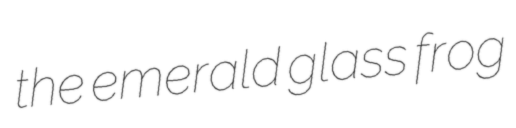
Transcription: the emerald glass frog